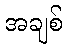
အချစ်